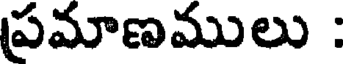
ప్రమాణములు :